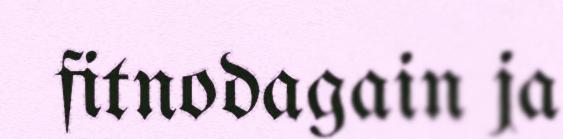
fitnodagain ja